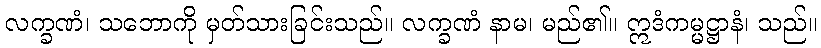
လက္ခဏံ၊ သဘောကို မှတ်သားခြင်းသည်။ လက္ခဏံ နာမ၊ မည်၏။ ဣဒံကမ္မဋ္ဌာနံ၊ သည်။